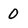
Character: 0